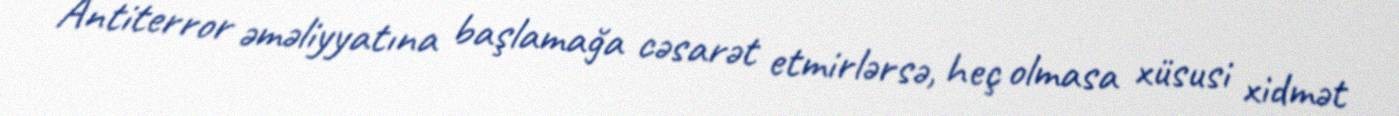
Antiterror əməliyyatına başlamağa cəsarət etmirlərsə, heç olmasa xüsusi xidmət